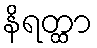
နိရတ္ထာ